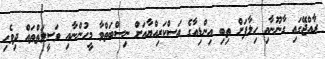
ރާއްޖޭގައި ގާނޫނާއި ހިލާފަށް ތިބި އިންޑިއާގެ އަސްކަރިއްޔާއަށް ނިސްބަތްވާ މީހުންނާއި ވަސީލަތްތައް ދިވެހި